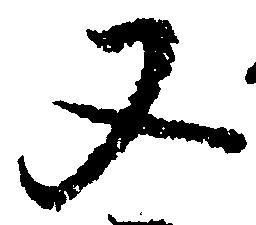
又